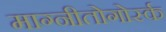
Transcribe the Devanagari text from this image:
माग्नीतोगोर्स्क